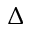
\Delta